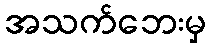
အသက်ဘေးမှ